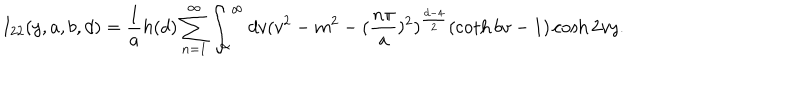
I _ { 2 2 } ( y , a , b , d ) = \frac { 1 } { a } h ( d ) \sum _ { n = 1 } ^ { \infty } \int _ { \alpha } ^ { \infty } d v ( v ^ { 2 } - m ^ { 2 } - ( \frac { n \pi } { a } ) ^ { 2 } ) ^ { \frac { d - 4 } { 2 } } ( \coth b v - 1 ) \cosh 2 v y .